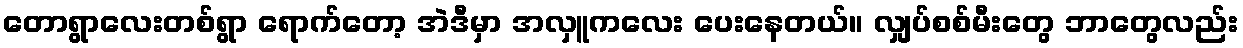
တောရွာလေးတစ်ရွာ ရောက်တော့ အဲဒီမှာ အလှူကလေး ပေးနေတယ်။ လျှပ်စစ်မီးတွေ ဘာတွေလည်း